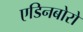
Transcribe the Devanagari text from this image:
एडिनबोरो